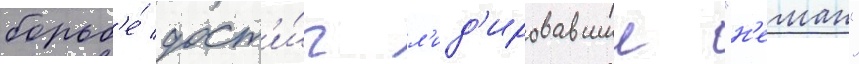
борьб'е́ дост'и́г л'ид'ировавшии "н'еман"